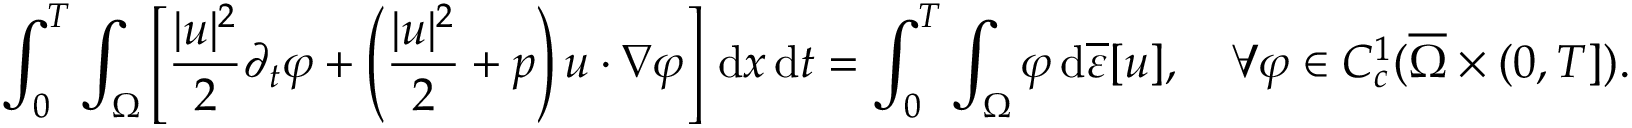
\int _ { 0 } ^ { T } \int _ { \Omega } \left[ \frac { | u | ^ { 2 } } { 2 } \partial _ { t } \varphi + \left( \frac { | u | ^ { 2 } } { 2 } + p \right) u \cdot \nabla \varphi \right] \, \mathrm { d } x \, \mathrm { d } t = \int _ { 0 } ^ { T } \int _ { \Omega } \varphi \, \mathrm { d } \overline { \varepsilon } [ u ] , \quad \forall \varphi \in C _ { c } ^ { 1 } ( \overline { \Omega } \times ( 0 , T ] ) .